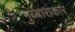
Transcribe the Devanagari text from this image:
गुब्बाराकार